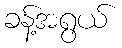
ခန့်အရွယ်